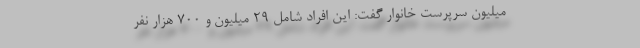
میلیون سرپرست خانوار گفت: این افراد شامل 29 میلیون و 700 هزار نفر